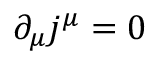
\partial _ { \mu } j ^ { \mu } = 0